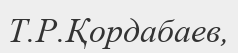
Т.Р.Қордабаев,